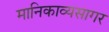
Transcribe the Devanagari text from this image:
मानिकाव्यसागर